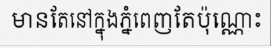
មានតែនៅក្នុងភ្នំពេញតែប៉ុណ្ណោះ